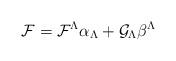
LaTeX: \begin{align*}{\cal F} = {\cal F}^\Lambda\alpha_\Lambda +{\cal G}_\Lambda \beta^\Lambda\end{align*}